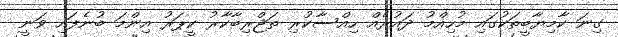
ގިނަ ކާމިޔާބީތަކުގައި މުހިއްމު ދައުރެއް ހިއްސާކުރި ތަޖްރިބާކާރު ކީޕަރު އިންމަ ބުނެފައި ވަނީ